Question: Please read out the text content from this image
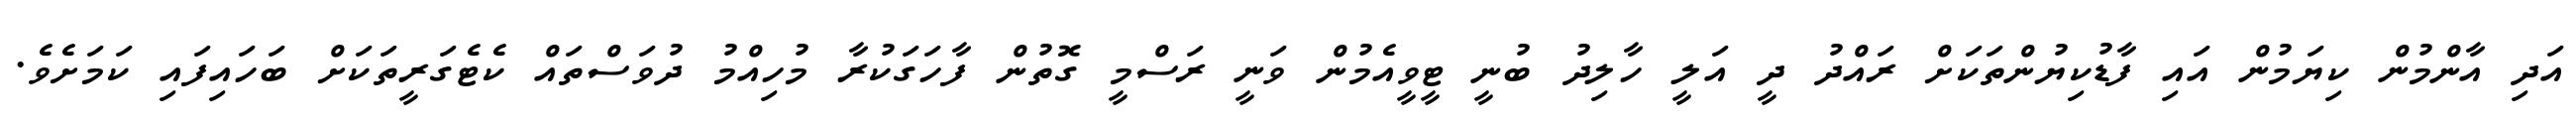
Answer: އަދި އާންމުން ކިޔަމުން އައި ފާޑުކިޔުންތަކަށް ރައްދު ދީ އަލީ ހާލިދު ބުނީ ޓީވީއެމުން ވަނީ ރަސްމީ ގޮތުން ފާހަގަކުރާ މުހިއްމު ދުވަސްތައް ކެޓެގަރީތަކަށް ބަހައިފައި ކަމަށެވެ.